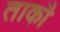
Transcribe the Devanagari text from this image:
ताकौ